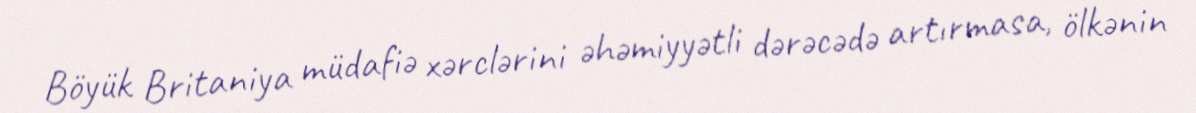
Böyük Britaniya müdafiə xərclərini əhəmiyyətli dərəcədə artırmasa, ölkənin